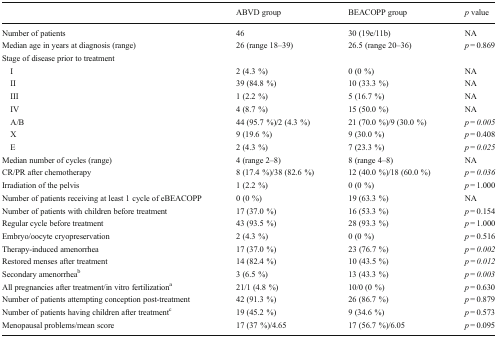
<table><thead><tr><td></td><td><b>ABVD group</b></td><td><b>BEACOPP group</b></td><td><b><i>p</i> value</b></td></tr></thead><tbody><tr><td>Number of patients</td><td>46</td><td>30 (19e/11b)</td><td>NA</td></tr><tr><td>Median age in years at diagnosis (range)</td><td>26 (range 18–39)</td><td>26.5 (range 20–36)</td><td><i>p</i> = 0.869</td></tr><tr><td colspan="4">Stage of disease prior to treatment</td></tr><tr><td> I</td><td>2 (4.3 %)</td><td>0 (0 %)</td><td>NA</td></tr><tr><td> II</td><td>39 (84.8 %)</td><td>10 (33.3 %)</td><td>NA</td></tr><tr><td> III</td><td>1 (2.2 %)</td><td>5 (16.7 %)</td><td>NA</td></tr><tr><td> IV</td><td>4 (8.7 %)</td><td>15 (50.0 %)</td><td>NA</td></tr><tr><td> A/B</td><td>44 (95.7 %)/2 (4.3 %)</td><td>21 (70.0 %)/9 (30.0 %)</td><td><i>p</i> = <i>0.005</i></td></tr><tr><td> X</td><td>9 (19.6 %)</td><td>9 (30.0 %)</td><td><i>p</i> = 0.408</td></tr><tr><td> E</td><td>2 (4.3 %)</td><td>7 (23.3 %)</td><td><i>p</i> = <i>0.025</i></td></tr><tr><td>Median number of cycles (range)</td><td>4 (range 2–8)</td><td>8 (range 4–8)</td><td>NA</td></tr><tr><td>CR/PR after chemotherapy</td><td>8 (17.4 %)/38 (82.6 %)</td><td>12 (40.0 %)/18 (60.0 %)</td><td><i>p</i> = <i>0.036</i></td></tr><tr><td>Irradiation of the pelvis</td><td>1 (2.2 %)</td><td>0 (0 %)</td><td><i>p</i> = 1.000</td></tr><tr><td>Number of patients receiving at least 1 cycle of eBEACOPP</td><td>0 (0 %)</td><td>19 (63.3 %)</td><td>NA</td></tr><tr><td>Number of patients with children before treatment</td><td>17 (37.0 %)</td><td>16 (53.3 %)</td><td><i>p</i> = 0.154</td></tr><tr><td>Regular cycle before treatment</td><td>43 (93.5 %)</td><td>28 (93.3 %)</td><td><i>p</i> = 1.000</td></tr><tr><td>Embryo/oocyte cryopreservation</td><td>2 (4.3 %)</td><td>0 (0 %)</td><td><i>p</i> = 0.516</td></tr><tr><td>Therapy-induced amenorrhea</td><td>17 (37.0 %)</td><td>23 (76.7 %)</td><td><i>p</i> = <i>0.002</i></td></tr><tr><td>Restored menses after treatment</td><td>14 (82.4 %)</td><td>10 (43.5 %)</td><td><i>p</i> = <i>0.012</i></td></tr><tr><td>Secondary amenorrhea<sup>b</sup></td><td>3 (6.5 %)</td><td>13 (43.3 %)</td><td><i>p</i> = <i>0.003</i></td></tr><tr><td>All pregnancies after treatment/in vitro fertilization<sup>a</sup></td><td>21/1 (4.8 %)</td><td>10/0 (0 %)</td><td><i>p</i> = 0.630</td></tr><tr><td>Number of patients attempting conception post-treatment</td><td>42 (91.3 %)</td><td>26 (86.7 %)</td><td><i>p</i> = 0.879</td></tr><tr><td>Number of patients having children after treatment<sup>c</sup></td><td>19 (45.2 %)</td><td>9 (34.6 %)</td><td><i>p</i> = 0.573</td></tr><tr><td>Menopausal problems/mean score</td><td>17 (37 %)/4.65</td><td>17 (56.7 %)/6.05</td><td><i>p</i> = 0.095</td></tr></tbody></table>